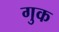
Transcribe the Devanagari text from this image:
गुक